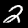
Label: 2